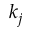
k _ { j }